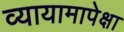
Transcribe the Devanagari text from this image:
व्यायामापेक्षा